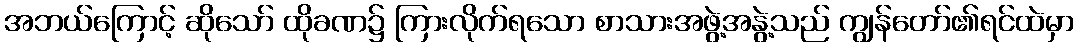
အဘယ်ကြောင့် ဆိုသော် ထိုခဏ၌ ကြားလိုက်ရသော စာသားအဖွဲ့အနွဲ့သည် ကျွန်တော်၏ရင်ထဲမှာ